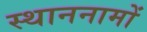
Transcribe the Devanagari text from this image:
स्थाननामों